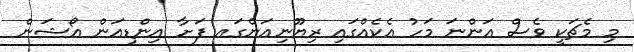
މި މެޗަކީ ވެސް އަންނަ މަހު އެކެއްގައި ރިޔޫނިއަންގައ ފަށާ އިންޑިއަން އޯޝަން